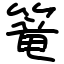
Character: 篭